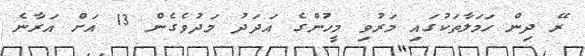
ރޭ ދިން ހަމަލާތަކުގައި މަރުވި މީހުންގެ އަދަދު މަދުވެގެން 13 އަށް އަރާނެ